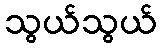
သွယ်သွယ်